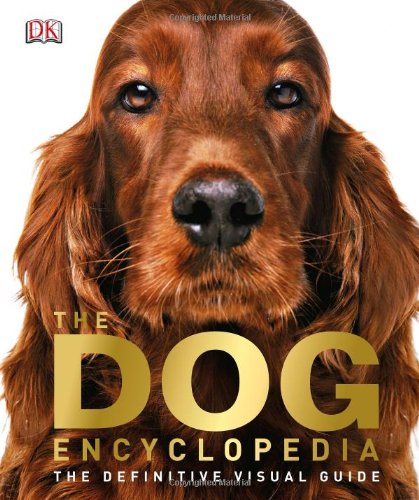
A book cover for The Dog Encyclopedia; DK Publishing; Crafts, Hobbies & Home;